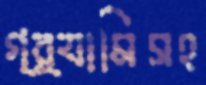
গ্র্যামিসহ